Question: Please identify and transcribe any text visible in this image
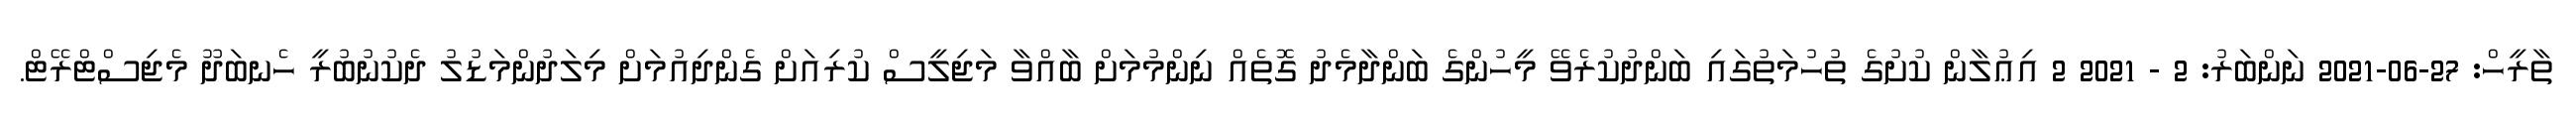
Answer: ތާރީހް: 27-06-2021 ނަންބަރު: 2 - 2021 2 އިޢުލާން ކުށުގެ ތުހުމަތުގައި ބަންދުކުރެވޭ މީހުންގެ ބަންދާމެދު ގޮތެއް ނިންމުމަށް ބާއްވާ މަޖިލީސް ކުރިއަށް ގެންދިއުމަށް މިލަދުންމަޑުލު ދެކުނުބުރީ ހެނބަދޫ މެޖިސްޓްރޭޓް.